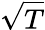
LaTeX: \sqrt{T}